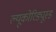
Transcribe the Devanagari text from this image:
ल्यूकोरिड्यूस्ड